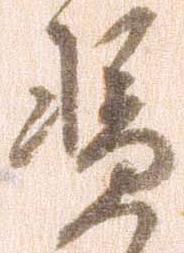
憑